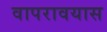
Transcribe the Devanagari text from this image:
वापरावयास